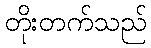
တိုးတက်သည်